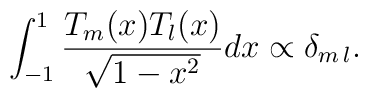
\int_{-1}^{1}{T_m(x)T_l(x)\over{\sqrt{1-x^2}}}dx\propto \delta_{m\,l}.